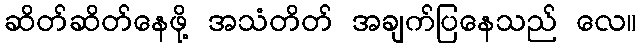
ဆိတ်ဆိတ်နေဖို့ အသံတိတ် အချက်ပြနေသည် လေ။